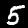
Label: 5